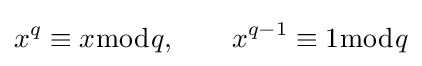
x^{q}\equiv x{\bmod {q}},\qquad x^{q-1}\equiv 1{\bmod {q}}